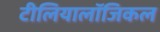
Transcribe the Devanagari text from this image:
टीलियालॉजिकल